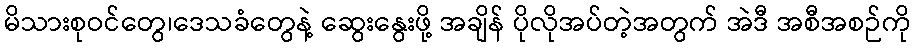
မိသားစုဝင်တွေ၊ဒေသခံတွေနဲ့ ဆွေးနွေးဖို့ အချိန် ပိုလိုအပ်တဲ့အတွက် အဲဒီ အစီအစဉ်ကို